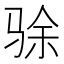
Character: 𬳿